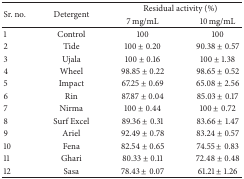
<table><thead><tr><td rowspan="2"><b>Sr. no.</b></td><td rowspan="2"><b>Detergent</b></td><td colspan="2"><b>Residual activity (%)</b></td></tr><tr><td><b>7 mg/mL</b></td><td><b>10 mg/mL</b></td></tr></thead><tbody><tr><td>1</td><td>Control</td><td>100</td><td>100</td></tr><tr><td>2</td><td>Tide</td><td>100 ± 0.20</td><td>90.38 ± 0.57</td></tr><tr><td>3</td><td>Ujala</td><td>100 ± 0.16</td><td>100 ± 1.38 </td></tr><tr><td>4</td><td>Wheel</td><td>98.85 ± 0.22</td><td>98.65 ± 0.52</td></tr><tr><td>5</td><td>Impact</td><td>67.25 ± 0.69</td><td>65.08 ± 2.56 </td></tr><tr><td>6</td><td>Rin</td><td>87.87 ± 0.04</td><td>85.03 ± 0.17</td></tr><tr><td>7</td><td>Nirma</td><td>100 ± 0.44</td><td>100 ± 0.72 </td></tr><tr><td>8</td><td>Surf Excel</td><td>89.36 ± 0.31</td><td>83.66 ± 1.47</td></tr><tr><td>9</td><td>Ariel</td><td>92.49 ± 0.78</td><td>83.24 ± 0.57</td></tr><tr><td>10</td><td>Fena</td><td>82.54 ± 0.65</td><td>74.55 ± 0.83</td></tr><tr><td>11</td><td>Ghari</td><td>80.33 ± 0.11</td><td>72.48 ± 0.48</td></tr><tr><td>12</td><td>Sasa</td><td>78.43 ± 0.07</td><td>61.21 ± 1.26</td></tr></tbody></table>